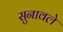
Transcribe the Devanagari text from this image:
सुनावले